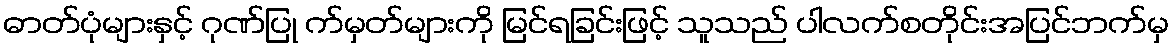
ဓာတ်ပုံများနှင့် ဂုဏ်ပြု က်မှတ်များကို မြင်ရခြင်းဖြင့် သူသည် ပါလက်စတိုင်းအပြင်ဘက်မှ